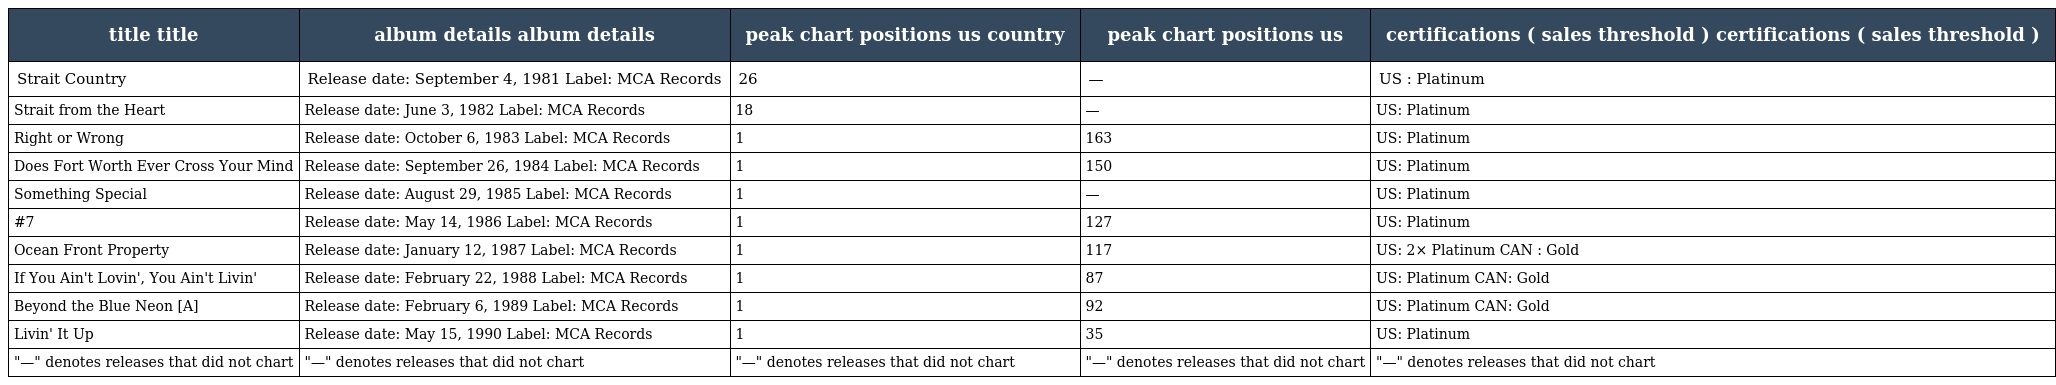
| title title | album details album details | peak chart positions us country | peak chart positions us | certifications ( sales threshold ) certifications ( sales threshold ) |
 | --- | --- | --- | --- | --- |
 | Strait Country | Release date: September 4, 1981 Label: MCA Records | 26 | — | US : Platinum |
 | Strait from the Heart | Release date: June 3, 1982 Label: MCA Records | 18 | — | US: Platinum |
 | Right or Wrong | Release date: October 6, 1983 Label: MCA Records | 1 | 163 | US: Platinum |
 | Does Fort Worth Ever Cross Your Mind | Release date: September 26, 1984 Label: MCA Records | 1 | 150 | US: Platinum |
 | Something Special | Release date: August 29, 1985 Label: MCA Records | 1 | — | US: Platinum |
 | #7 | Release date: May 14, 1986 Label: MCA Records | 1 | 127 | US: Platinum |
 | Ocean Front Property | Release date: January 12, 1987 Label: MCA Records | 1 | 117 | US: 2× Platinum CAN : Gold |
 | If You Ain't Lovin', You Ain't Livin' | Release date: February 22, 1988 Label: MCA Records | 1 | 87 | US: Platinum CAN: Gold |
 | Beyond the Blue Neon [A] | Release date: February 6, 1989 Label: MCA Records | 1 | 92 | US: Platinum CAN: Gold |
 | Livin' It Up | Release date: May 15, 1990 Label: MCA Records | 1 | 35 | US: Platinum |
 | "—" denotes releases that did not chart | "—" denotes releases that did not chart | "—" denotes releases that did not chart | "—" denotes releases that did not chart | "—" denotes releases that did not chart |